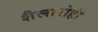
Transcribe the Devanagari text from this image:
शैलारोही